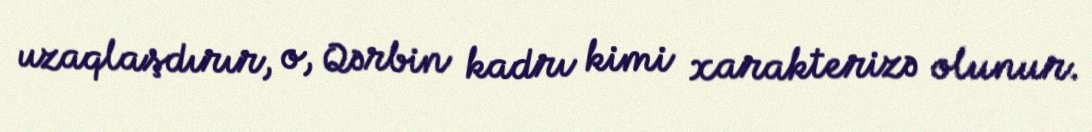
uzaqlaşdırır, o, Qərbin kadrı kimi xarakterizə olunur.